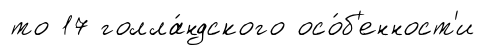
то 17 голла́ндского осо́б'енност'и